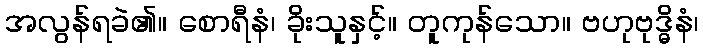
အလွန်ရခဲ၏။ စောရီနံ၊ ခိုးသူနှင့်။ တူကုန်သော။ ဗဟုဗုဒ္ဓိနံ၊